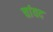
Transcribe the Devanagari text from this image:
चांवद